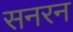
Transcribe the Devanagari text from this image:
सनरन